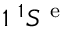
1 \ ^ { 1 } S ^ { \mathrm { ~ e ~ } }